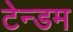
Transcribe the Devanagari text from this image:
टेन्डम